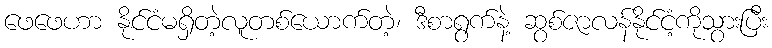
ဖေဖေဟာ နိုင်ငံမရှိတဲ့လူတစ်ယောက်တဲ့၊ ဒီစာရွက်နဲ့ ဆွစ်ဇာလန်နိုင်ငံ့ကိုသွားပြီး